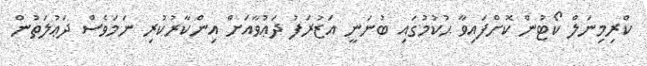
ކްރިމިނަލް ކޯޓުން ކޮށްފައިވާ ޙުކުމުގައި ބުނަނީ އަޒުރަފު ދަޢުވާއަށް އިންކާރުކުރި ނަމަވެސް ދަޢުލަތުން